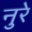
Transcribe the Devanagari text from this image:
नुरे